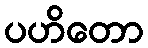
ပဟိတော